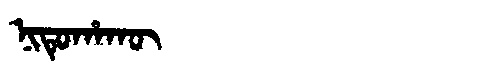
Manchu: ᠨᡳᡨᡠᡥᠠᡴᡡ
Romanization: NITUHAKŪ